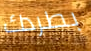
بطردك